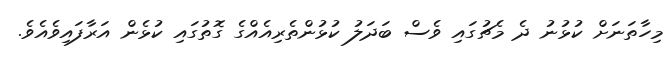
މިހާތަނަށް ކުޅުނު ދެ މެޗުގައި ވެސް ބަދަލު ކުޅުންތެރިއެއްގެ ގޮތުގައި ކުޅެން އަރާފައިވެއެވެ.